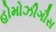
હોમોઝીગૌસ